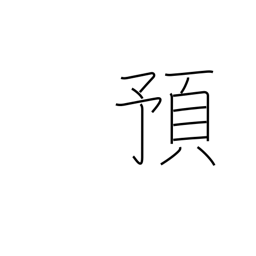
Meaning: entrust to